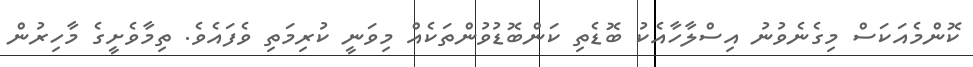
ކޮންމެއަކަސް މިގެނެވުނު އިސްލާހާއެކު ބޮޑެތި ކަންބޮޑުވުންތަކެއް މިވަނީ ކުރިމަތި ވެފައެވެ. ތިމާވެށީގެ މާހިރުން